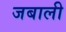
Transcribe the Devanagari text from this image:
जबाली